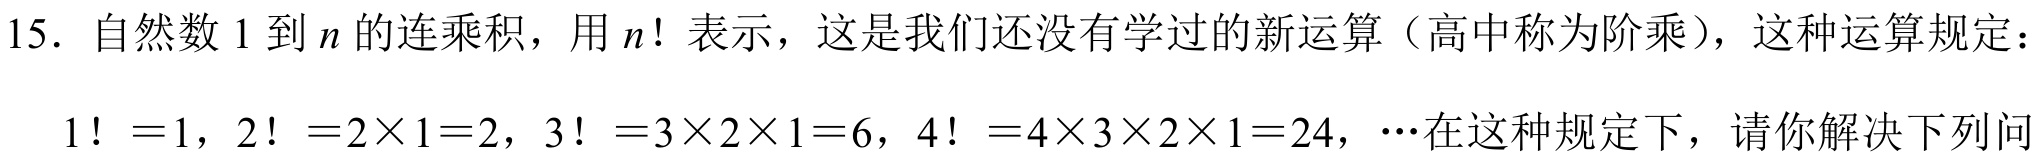
15. 自然数\(1\)到\(n\)的连乘积，用\(n!\)表示，这是我们还没有学过的新运算（高中称为阶乘），这种运算规定：
\(1！ = 1\)，\(2！ = 2\times1 = 2\)，\(3！ = 3\times2\times1 = 6\)，\(4！ = 4\times3\times2\times1 = 24\)，\(\cdots\)在这种规定下，请你解决下列问